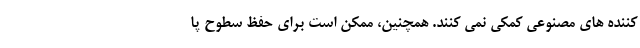
کننده های مصنوعی کمکی نمی کنند. همچنین، ممکن است برای حفظ سطوح پا